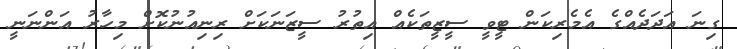
ގިނަ އަދަދެއްގެ އެމެރިކަން ޓީވީ ސީޒީތަކެއް އިތުރު ސީޒަނަކަށް ރިނިއުނުކޮށް މިހާރު އަންނަނީ